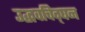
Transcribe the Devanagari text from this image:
उद्धवचिद्‌घन